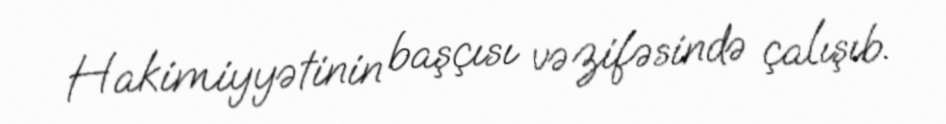
Hakimiyyətinin başçısı vəzifəsində çalışıb.